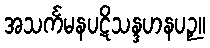
အသင်္ကမနပဋိသန္ဒဟနပဉှ။